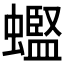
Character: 𫋟